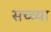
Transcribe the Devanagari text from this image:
सच्च्या